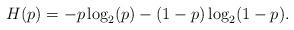
LaTeX: \begin{align*}H(p)=-p\log_2 (p)-(1-p)\log_2 (1-p).\end{align*}